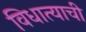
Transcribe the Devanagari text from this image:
विधात्याची